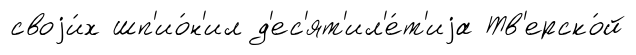
своjи́х шп'ио́н'ил д'ес'ят'ил'е́т'иjа Тв'ерско́й